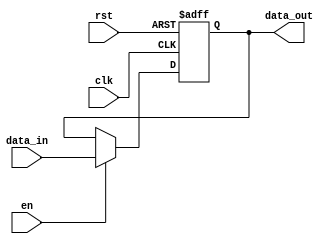
module input_register #(
    parameter WIDTH = 8  // Parameter to define the width of the register
)(
    input wire clk,       // Clock signal
    input wire rst,       // Reset signal
    input wire en,        // Enable signal
    input wire [WIDTH-1:0] data_in,  // Input data
    output reg [WIDTH-1:0] data_out   // Output data
);

// Sequential logic block
always @(posedge clk or posedge rst) begin
    if (rst) begin
        // Asynchronous reset: set the register to zero
        data_out <= {WIDTH{1'b0}}; // Initialize to zero
    end else if (en) begin
        // Capture input data when enabled
        data_out <= data_in;
    end
    // If enable is not asserted, retain the previous value
end

endmodule